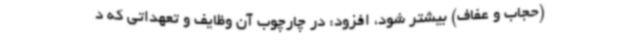
(حجاب و عفاف) بیشتر شود، افزود: در چارچوب آن وظایف و تعهداتی که د